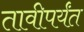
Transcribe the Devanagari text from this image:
तावीपर्यंत